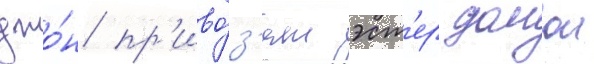
джо́н пр'иво́з'ят эст'ер домои